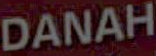
DANAH